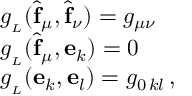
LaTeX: \begin{array} { l l } { { g _ { _ L } ( \widehat { \mathbf { f } } _ { \mu } , \widehat { \mathbf { f } } _ { \nu } ) = g _ { \mu \nu } } } \\ { { g _ { _ L } ( \widehat { \mathbf { f } } _ { \mu } , \mathbf { e } _ { k } ) = 0 } } \\ { { g _ { _ L } ( \mathbf { e } _ { k } , \mathbf { e } _ { l } ) = g _ { 0 \, k l } \, , } } \end{array}